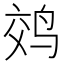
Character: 䴔